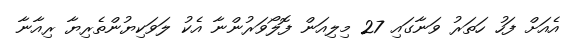
އެއަށް ފަހު ހަތަރު ވަނާގައި 27 މިލިއަން ފޮލޯވަރުންނާ އެކު ލަވަކިޔުންތެރިޔާ ރިއާނާ